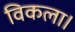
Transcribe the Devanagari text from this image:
विकला।